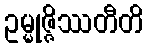
ဥမ္မုဇ္ဇိဿတီတိ